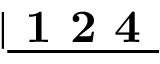
\lvert \underline { { \textbf { 1 2 4 } } }